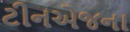
ટીનએજના